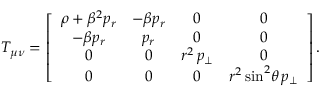
T _ { \mu \nu } = \left[ \begin{array} { c c c c } { \rho + \beta ^ { 2 } p _ { r } } & { - \beta p _ { r } } & { 0 } & { 0 } \\ { - \beta p _ { r } } & { p _ { r } } & { 0 } & { 0 } \\ { 0 } & { 0 } & { r ^ { 2 } \, p _ { \perp } } & { 0 } \\ { 0 } & { 0 } & { 0 } & { r ^ { 2 } \sin ^ { 2 } \! \theta \, p _ { \perp } } \end{array} \right] .